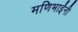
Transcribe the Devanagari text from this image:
मणिभाईंनी